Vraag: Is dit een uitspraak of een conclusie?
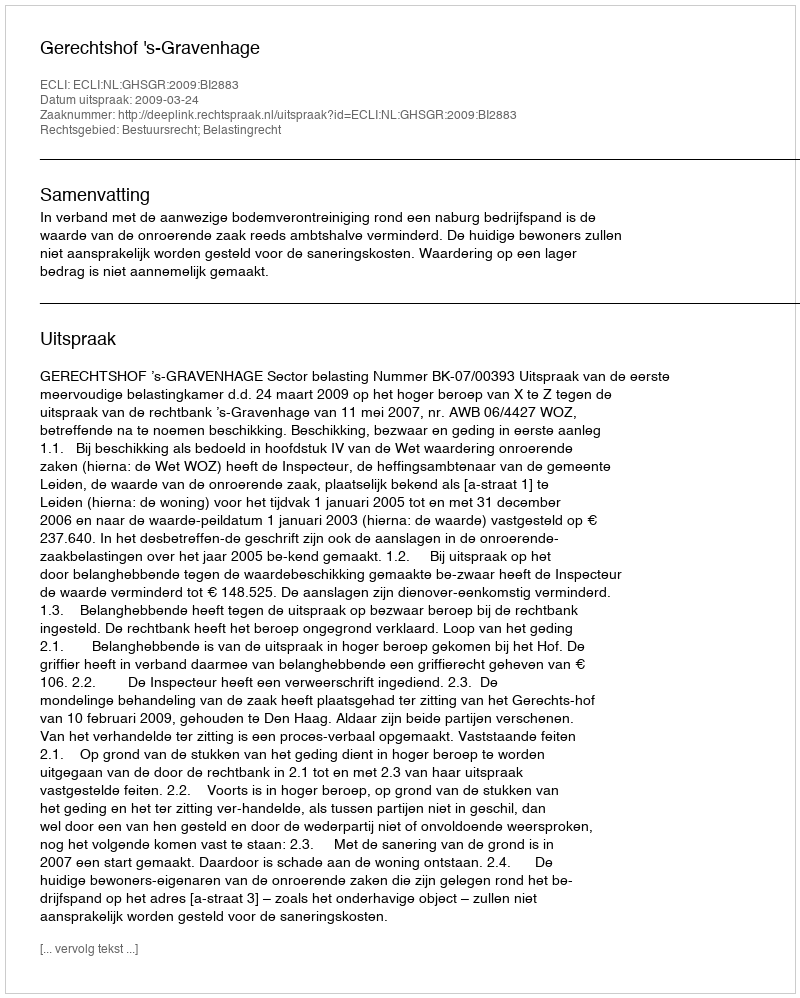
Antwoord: Uitspraak